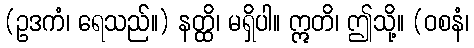
(ဥဒကံ၊ ရေသည်။) နတ္ထိ၊ မရှိပါ။ ဣတိ၊ ဤသို့။ (ဝစနံ၊